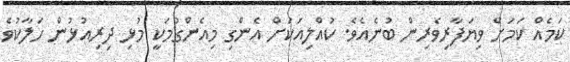
ކަމެއް ކަމަށް ވިޔަފާރިވެރިން ބުނެއެވެ. ކުއްލިއަކަށް އެންގި މިއެންގުމަކީ މުޅި ދިރިއުޅުން ހަލާކުވެ